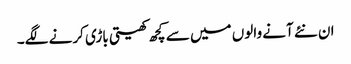
ان نئے آنے والوں میں سے کچھ کھیتی باڑی کرنے لگے۔